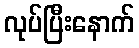
လုပ်ပြီးနောက်